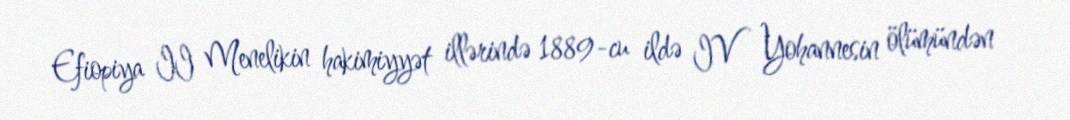
Efiopiya II Menelikin hakimiyyət illərində 1889-cu ildə IV Yohannesin ölümündən